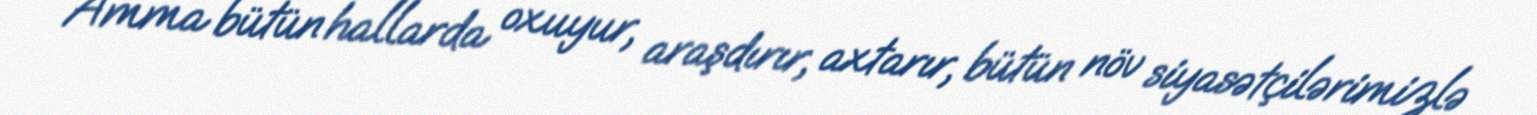
Amma bütün hallarda oxuyur, araşdırır, axtarır, bütün növ siyasətçilərimizlə